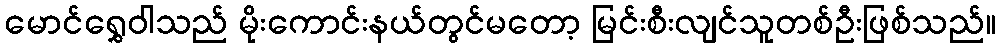
မောင်ရွှေဝါသည် မိုးကောင်းနယ်တွင်မတော့ မြင်းစီးလျင်သူတစ်ဦးဖြစ်သည်။